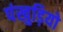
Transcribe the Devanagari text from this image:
पंखुड़ियो